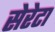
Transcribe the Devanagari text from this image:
सेरेटा